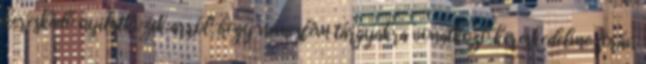
kereskedő nyilatkozik arról, hogy nemesfém tárgyakra vonatkozó kereskedelme során